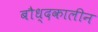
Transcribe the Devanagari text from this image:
बौध्दकालीन